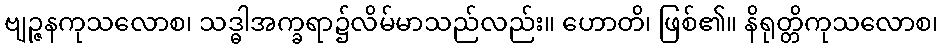
ဗျဉ္ဇနကုသလောစ၊ သဒ္ဓါအက္ခရာ၌လိမ်မာသည်လည်း။ ဟောတိ၊ ဖြစ်၏။ နိရုတ္တိကုသလောစ၊